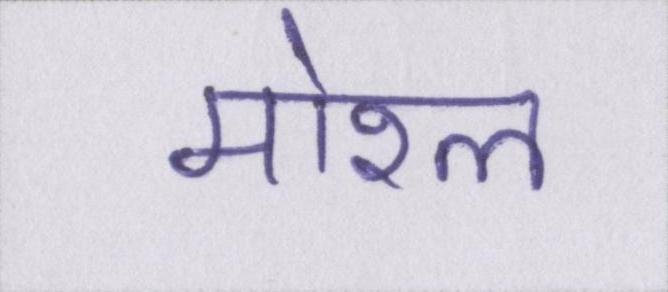
मोरल